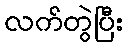
လက်တွဲပြီး